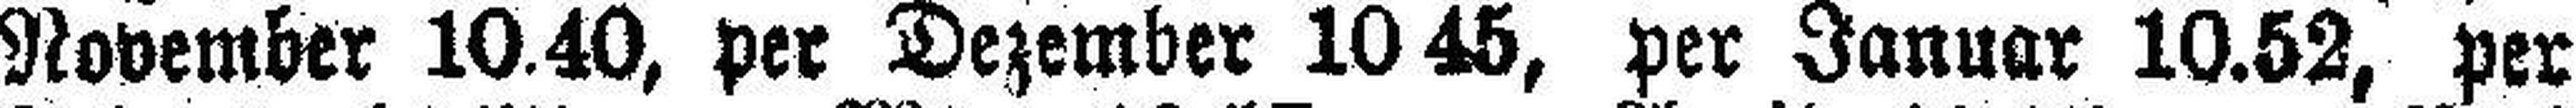
November 10.40, per Dezember 10 45, per Januar 10.52, per